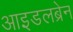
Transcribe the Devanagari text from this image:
आइडलब्रेन